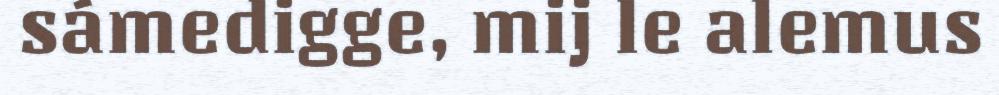
sámedigge, mij le alemus